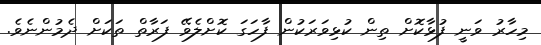
މިހާރު ވަނީ ފުޅާކޮށް ތިން ކުޅިވަރަކުން ފާހަގަ ކޮށްލެވޭ ފަރާތް ތަކަށް ދެމުންނެވެ.